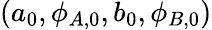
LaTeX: \left(a_{0},\phi_{A,0},b_{0},\phi_{B,0}\right)